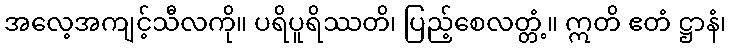
အလေ့အကျင့်သီလကို။ ပရိပူရိဿတိ၊ ပြည့်စေလတ္တံ့။ ဣတိ ဧတံ ဋ္ဌာနံ၊